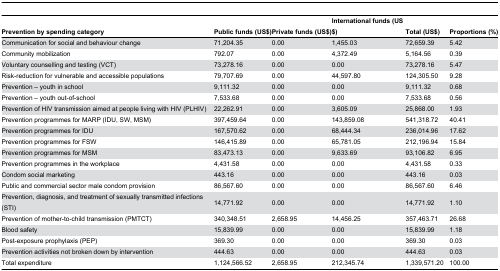
<table><thead><tr><td><b>Prevention by spending category</b></td><td><b>Public funds (US$)</b></td><td><b>Private funds (US$)</b></td><td><b>International funds (US$)</b></td><td><b>Total (US$)</b></td><td><b>Proportions (%)</b></td></tr></thead><tbody><tr><td>Communication for social and behaviour change</td><td>71,204.35</td><td>0.00</td><td>1,455.03</td><td>72,659.39</td><td>5.42</td></tr><tr><td>Community mobilization</td><td>792.07</td><td>0.00</td><td>4,372.49</td><td>5,164.56</td><td>0.39</td></tr><tr><td>Voluntary counselling and testing (VCT)</td><td>73,278.16</td><td>0.00</td><td>0.00</td><td>73,278.16</td><td>5.47</td></tr><tr><td>Risk-reduction for vulnerable and accessible populations</td><td>79,707.69</td><td>0.00</td><td>44,597.80</td><td>124,305.50</td><td>9.28</td></tr><tr><td>Prevention – youth in school</td><td>9,111.32</td><td>0.00</td><td>0.00</td><td>9,111.32</td><td>0.68</td></tr><tr><td>Prevention – youth out-of-school</td><td>7,533.68</td><td>0.00</td><td>0.00</td><td>7,533.68</td><td>0.56</td></tr><tr><td>Prevention of HIV transmission aimed at people living with HIV (PLHIV)</td><td>22,262.91</td><td>0.00</td><td>3,605.09</td><td>25,868.00</td><td>1.93</td></tr><tr><td>Prevention programmes for MARP (IDU, SW, MSM)</td><td>397,459.64</td><td>0.00</td><td>143,859.08</td><td>541,318.72</td><td>40.41</td></tr><tr><td>Prevention programmes for IDU</td><td>167,570.62</td><td>0.00</td><td>68,444.34</td><td>236,014.96</td><td>17.62</td></tr><tr><td>Prevention programmes for FSW</td><td>146,415.89</td><td>0.00</td><td>65,781.05</td><td>212,196.94</td><td>15.84</td></tr><tr><td>Prevention programmes for MSM</td><td>83,473.13</td><td>0.00</td><td>9,633.69</td><td>93,106.82</td><td>6.95</td></tr><tr><td>Prevention programmes in the workplace</td><td>4,431.58</td><td>0.00</td><td>0.00</td><td>4,431.58</td><td>0.33</td></tr><tr><td>Condom social marketing</td><td>443.16</td><td>0.00</td><td>0.00</td><td>443.16</td><td>0.03</td></tr><tr><td>Public and commercial sector male condom provision</td><td>86,567.60</td><td>0.00</td><td>0.00</td><td>86,567.60</td><td>6.46</td></tr><tr><td>Prevention, diagnosis, and treatment of sexually transmitted infections (STI)</td><td>14,771.92</td><td>0.00</td><td>0.00</td><td>14,771.92</td><td>1.10</td></tr><tr><td>Prevention of mother-to-child transmission (PMTCT)</td><td>340,348.51</td><td>2,658.95</td><td>14,456.25</td><td>357,463.71</td><td>26.68</td></tr><tr><td>Blood safety</td><td>15,839.99</td><td>0.00</td><td>0.00</td><td>15,839.99</td><td>1.18</td></tr><tr><td>Post-exposure prophylaxis (PEP)</td><td>369.30</td><td>0.00</td><td>0.00</td><td>369.30</td><td>0.03</td></tr><tr><td>Prevention activities not broken down by intervention</td><td>444.63</td><td>0.00</td><td>0.00</td><td>444.63</td><td>0.03</td></tr><tr><td>Total expenditure</td><td>1,124,566.52</td><td>2,658.95</td><td>212,345.74</td><td>1,339,571.20</td><td>100.00</td></tr></tbody></table>